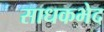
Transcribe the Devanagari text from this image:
साधकभेद